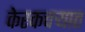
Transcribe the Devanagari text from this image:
केरकचर्‍यात